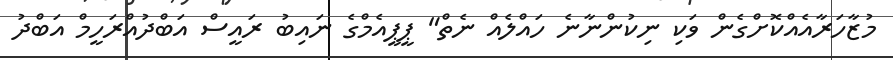
މުޒާހަރާއެއްކޮށްގެން ވަކި ނިކުންނާނެ ހައްލެއް ނެތް" ޕީޕީއެމްގެ ނައިބު ރައީސް އަބްދުއްރަހީމް އަބްދު